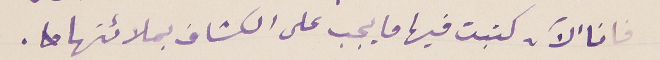
فانا الآن كتبت فيها ما يجب على الكشاف بملائتها.